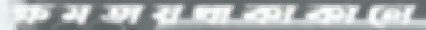
ক্ষমতায়থাকাকালে